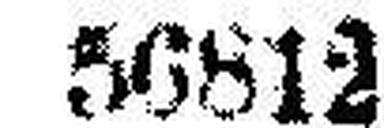
56812